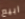
ابيع